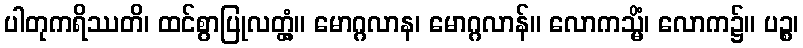
ပါတုကရိဿတိ၊ ထင်စွာပြုလတ္တံ့။ မောဂ္ဂလာန၊ မောဂ္ဂလာန်။ လောကသ္မိံ၊ လောက၌။ ပဉ္စ၊